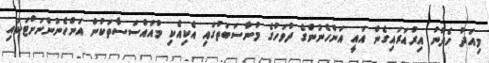
މިއަދު ހެދުނު އިރުއަރައިގެން އައީ އަންހެނުންގެ ދުވަހުގެ މުނާސަބަތުގައި އެކިއެކި މުއައްސަސާތަކުން އަންހެނުންނަށްޓަކައި